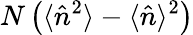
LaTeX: N\left(\langle\hat{n}^{2}\rangle-\langle\hat{n}\rangle^{2}\right)